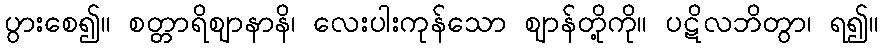
ပွားစေ၍။ စတ္တာရိဈာနာနိ၊ လေးပါးကုန်သော ဈာန်တို့ကို။ ပဋိလဘိတွာ၊ ရ၍။